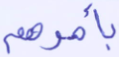
بأمرهم